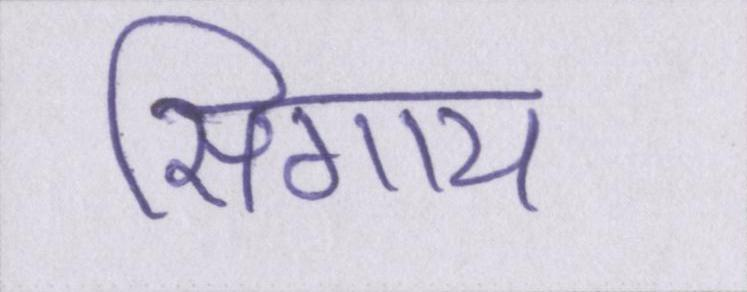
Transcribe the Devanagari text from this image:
सिगाय